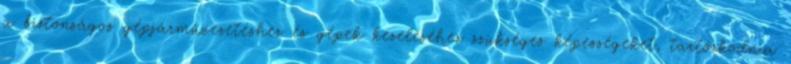
a biztonságos gépjárművezetéshez és gépek kezeléséhez szükséges képességeket, tartózkodnia